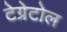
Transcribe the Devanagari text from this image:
टेग्रेटोल